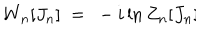
LaTeX: W _ { n } [ J _ { n } ] \ = \ - i \ln Z _ { n } [ J _ { n } ] \hspace { 1 . 5 c m } . \hspace { 0 . 5 c m } \,